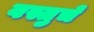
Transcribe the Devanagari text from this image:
वस्तुचे